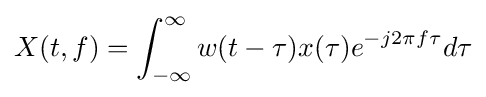
X(t,f)=\int _{-\infty }^{\infty }w(t-\tau )x(\tau )e^{-j2\pi f\tau }d\tau